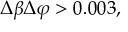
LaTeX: \Delta \beta \Delta \varphi > 0 . 0 0 3 ,